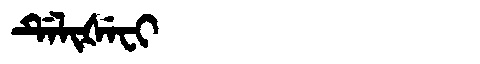
Manchu: ᡩᡝᠯᡳᡧᡝᠸᡳ
Romanization: DELIŠEFI